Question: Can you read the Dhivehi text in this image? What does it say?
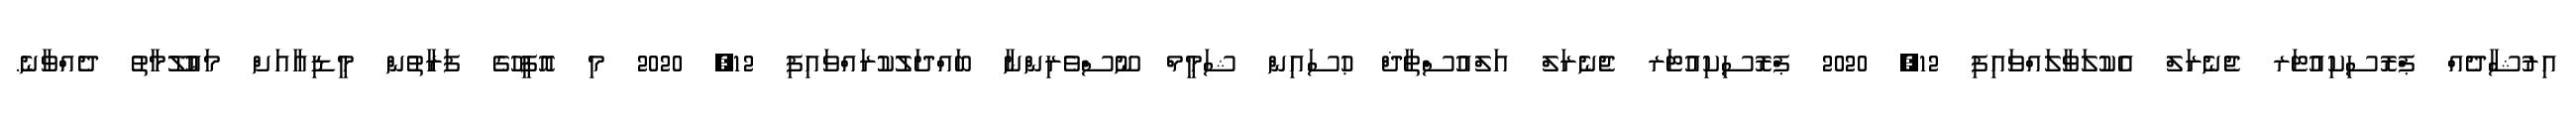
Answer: އިރުޝާދެއް ޕްރޮސިކިއުޓަރ ޖެނެރަލް އެކުލަވާލައްވައިފި 12, 2020 ޕްރޮސިކިއުޓަރ ޖެނެރަލް އަލްއުސްތާޛް ޙުސައިން ޝަމީމް ނޫސްވެރިންނާ ބައްދަލުކުރައްވައިފި 12, 2020 މި އޮފީހުގެ ފަރާތުން މީޑިއާއަށް މަޢުލޫމާތު ދެއްވާނެ.